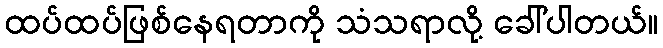
ထပ်ထပ်ဖြစ်နေရတာကို သံသရာလို့ ခေါ်ပါတယ်။